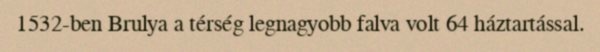
1532-ben Brulya a térség legnagyobb falva volt 64 háztartással.